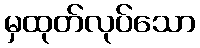
မှထုတ်လုပ်သော